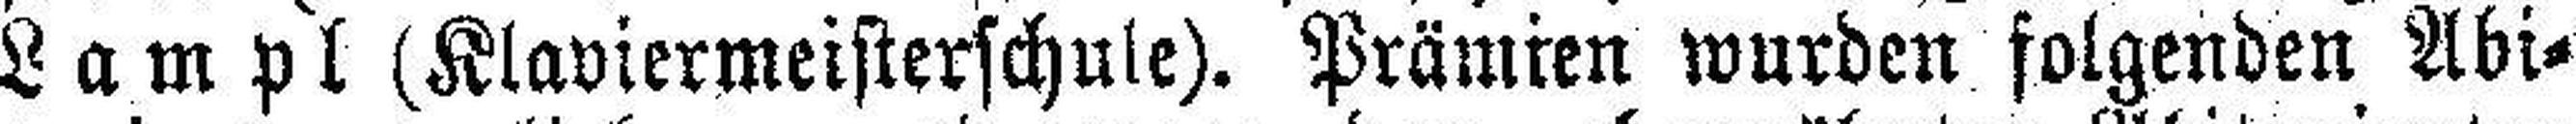
Lampl (Klaviermeisterschule). Prämien wurden folgenden Abi¬